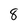
Character: 8